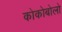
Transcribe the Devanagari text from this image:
कोकोबोलो